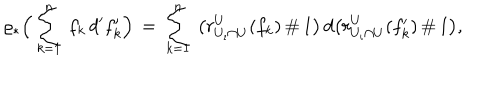
LaTeX: \varrho _ { * } \Big ( \sum _ { k = 1 } ^ { n } \, f _ { k } \, d ^ { \prime } f _ { k } ^ { \prime } \Big ) \, = \, \sum _ { k = 1 } ^ { n } \, \big ( r _ { U _ { \iota } \cap U } ^ { U } ( f _ { k } ) \, \# \, 1 \big ) \, d \big ( r _ { U _ { \iota } \cap U } ^ { U } ( f _ { k } ^ { \prime } ) \, \# \, 1 \big ) ,